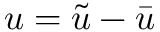
u = \tilde { u } - \bar { u }